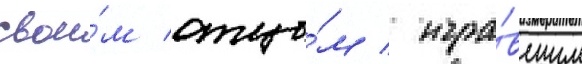
свои́м отцо́м / игра́вшим